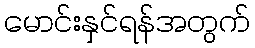
မောင်းနှင်ရန်အတွက်